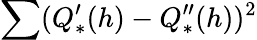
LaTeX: \sum(Q_{*}^{\prime}(h)-Q_{*}^{\prime\prime}(h))^{2}